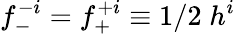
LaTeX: f_{-}^{-i}=f_{+}^{+i}\equiv 1/2\; h^{i}